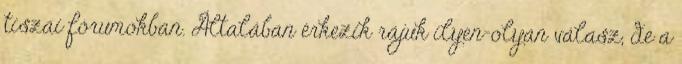
tiszai fórumokban. Általában érkezik rájuk ilyen-olyan válasz, de a